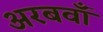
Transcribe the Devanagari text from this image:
अरबवाँ